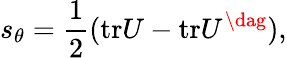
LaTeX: s_{\theta}=\frac{1}{2}(\mathrm{tr}U-\mathrm{tr}U^{\dag}),